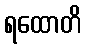
ရထောတိ